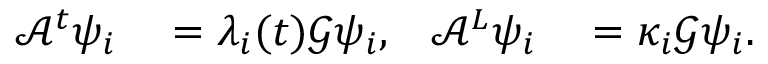
\begin{array} { r l r l } { \mathcal { A } ^ { t } \psi _ { i } } & { { } = \lambda _ { i } ( t ) \mathcal { G } \psi _ { i } , } & { \mathcal { A } ^ { L } \psi _ { i } } & { { } = \kappa _ { i } \mathcal { G } \psi _ { i } . } \end{array}